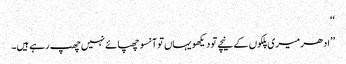
‘‘
’’ادھر میری پلکوں کے نیچے تو دیکھو یہاں تو آنسو چھپائے نہیں چھپ رہے ہیں۔